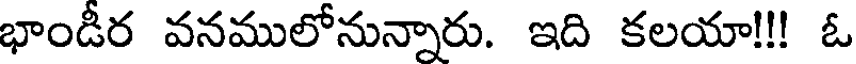
భాండీర వనములోనున్నారు. ఇది కలయా!!! ఓ